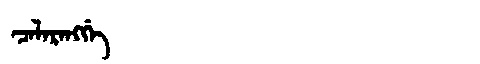
Manchu: ᠴᠠᠯᠠᡵᠠᠩᡤᡝ
Romanization: CALARANGGE